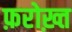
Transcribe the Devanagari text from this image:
फ़रोख़्त